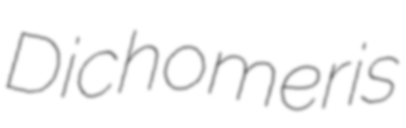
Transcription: Dichomeris